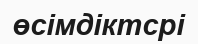
өсімдіктсрі